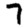
Digit: 7